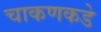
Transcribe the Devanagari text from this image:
चाकणकडे